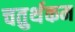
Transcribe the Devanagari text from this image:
चतुर्थकम